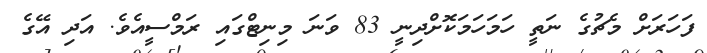
ފަހަރަށް މެޗުގެ ނަތީ ހަމަހަމަކޮށްދިނީ 83 ވަނަ މިނިޓްގައި ރަމްސީއެވެ. އަދި އޭގެ